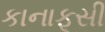
કાનાફૂસી